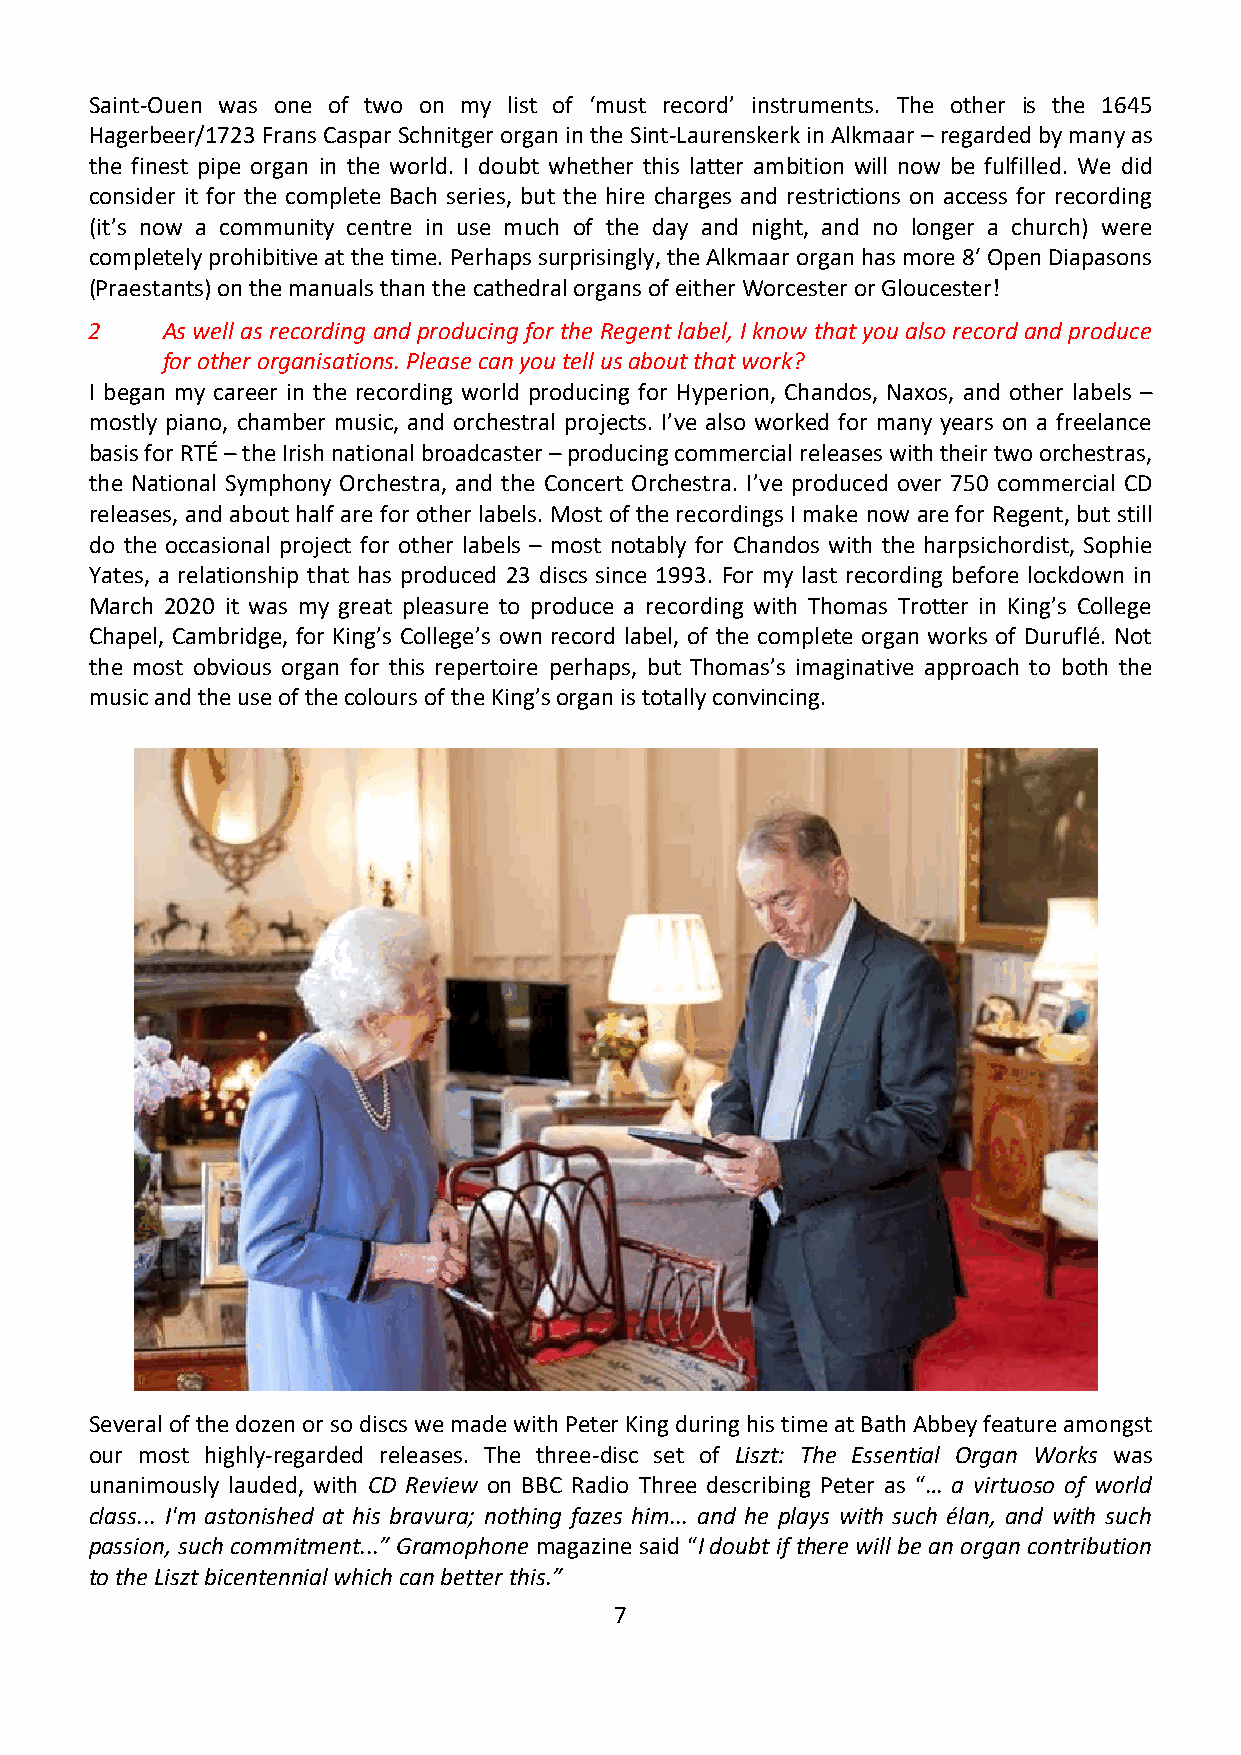
Saint-Ouen was one of two on my list of ‘must record’ instruments. The other is the 1645
 Hagerbeer/1723 Frans Caspar Schnitger organ in the Sint-Laurenskerk in Alkmaar – regarded by many as
 the finest pipe organ in the world. I doubt whether this latter ambition will now be fulfilled. We did
 consider it for the complete Bach series, but the hire charges and restrictions on access for recording
 (it’s now a community centre in use much of the day and night, and no longer a church) were
 completely prohibitive at the time. Perhaps surprisingly, the Alkmaar organ has more 8′ Open Diapasons
 (Praestants) on the manuals than the cathedral organs of either Worcester or Gloucester!
 2    As well as recording and producing for the Regent label, I know that you also record and produce
 for other organisations. Please can you tell us about that work?
 I began my career in the recording world producing for Hyperion, Chandos, Naxos, and other labels –
 mostly piano, chamber music, and orchestral projects. I’ve also worked for many years on a freelance
 basis for RTÉ – the Irish national broadcaster – producing commercial releases with their two orchestras,
 the National Symphony Orchestra, and the Concert Orchestra. I’ve produced over 750 commercial CD
 releases, and about half are for other labels. Most of the recordings I make now are for Regent, but still
 do the occasional project for other labels – most notably for Chandos with the harpsichordist, Sophie
 Yates, a relationship that has produced 23 discs since 1993. For my last recording before lockdown in
 March 2020 it was my great pleasure to produce a recording with Thomas Trotter in King’s College
 Chapel, Cambridge, for King’s College’s own record label, of the complete organ works of Duruflé. Not
 the most obvious organ for this repertoire perhaps, but Thomas’s imaginative approach to both the
 music and the use of the colours of the King’s organ is totally convincing.
 Several of the dozen or so discs we made with Peter King during his time at Bath Abbey feature amongst
 our most highly-regarded releases. The three-disc set of Liszt: The Essential Organ Works was
 unanimously lauded, with CD Review on BBC Radio Three describing Peter as “… a virtuoso of world
 class... I'm astonished at his bravura; nothing fazes him... and he plays with such élan, and with such
 passion, such commitment...” Gramophone magazine said “I doubt if there will be an organ contribution
 to the Liszt bicentennial which can better this.”
 7